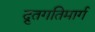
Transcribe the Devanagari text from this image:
द्रुतगतिमार्ग